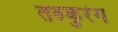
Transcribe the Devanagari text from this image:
तरुकुरंग